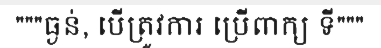
"""ធ្ងន់, បើត្រូវការ ប្រើពាក្យ ទី"""